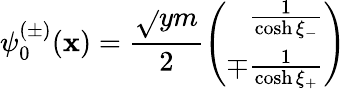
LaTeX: \psi_{0}^{(\pm)}(\mathbf{x})=\frac{{\sqrt{}{{ym}}}}{{2}}\left(\begin{array}{r}{{\frac{1}{\cosh\xi_{-}}}}\\ {{\mp\frac{1}{\cosh\xi_{+}}}}\end{array}\right)